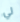
لي